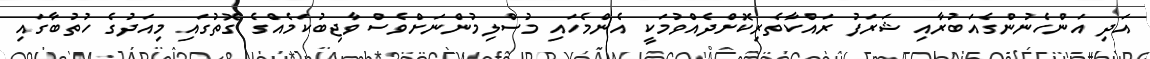
އަދި އަންހެނުންގެއަބުރާއި ޝަރަފު ރައްކާތެރިކޮށްދެއްވުމަކީ އެންމެހައި މުސްލިމުންނަށްވެސް ވާޖިބުކަމެއްގެ ގޮތުގައި މިއަދުގެ ހުތުބާގައި